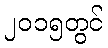
၂၀၁၅တွင်